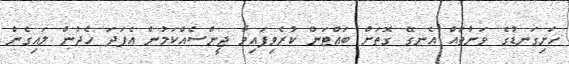
ހަށިގަނޑުގެ ވަނާތައް އެނގޭ ގޮތަށް ބައްޓަން ކުރެވިފައިވާ ޖީންސެއްކަމުން އެފަދަ ހެދުން ލައިގެން